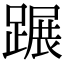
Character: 蹍